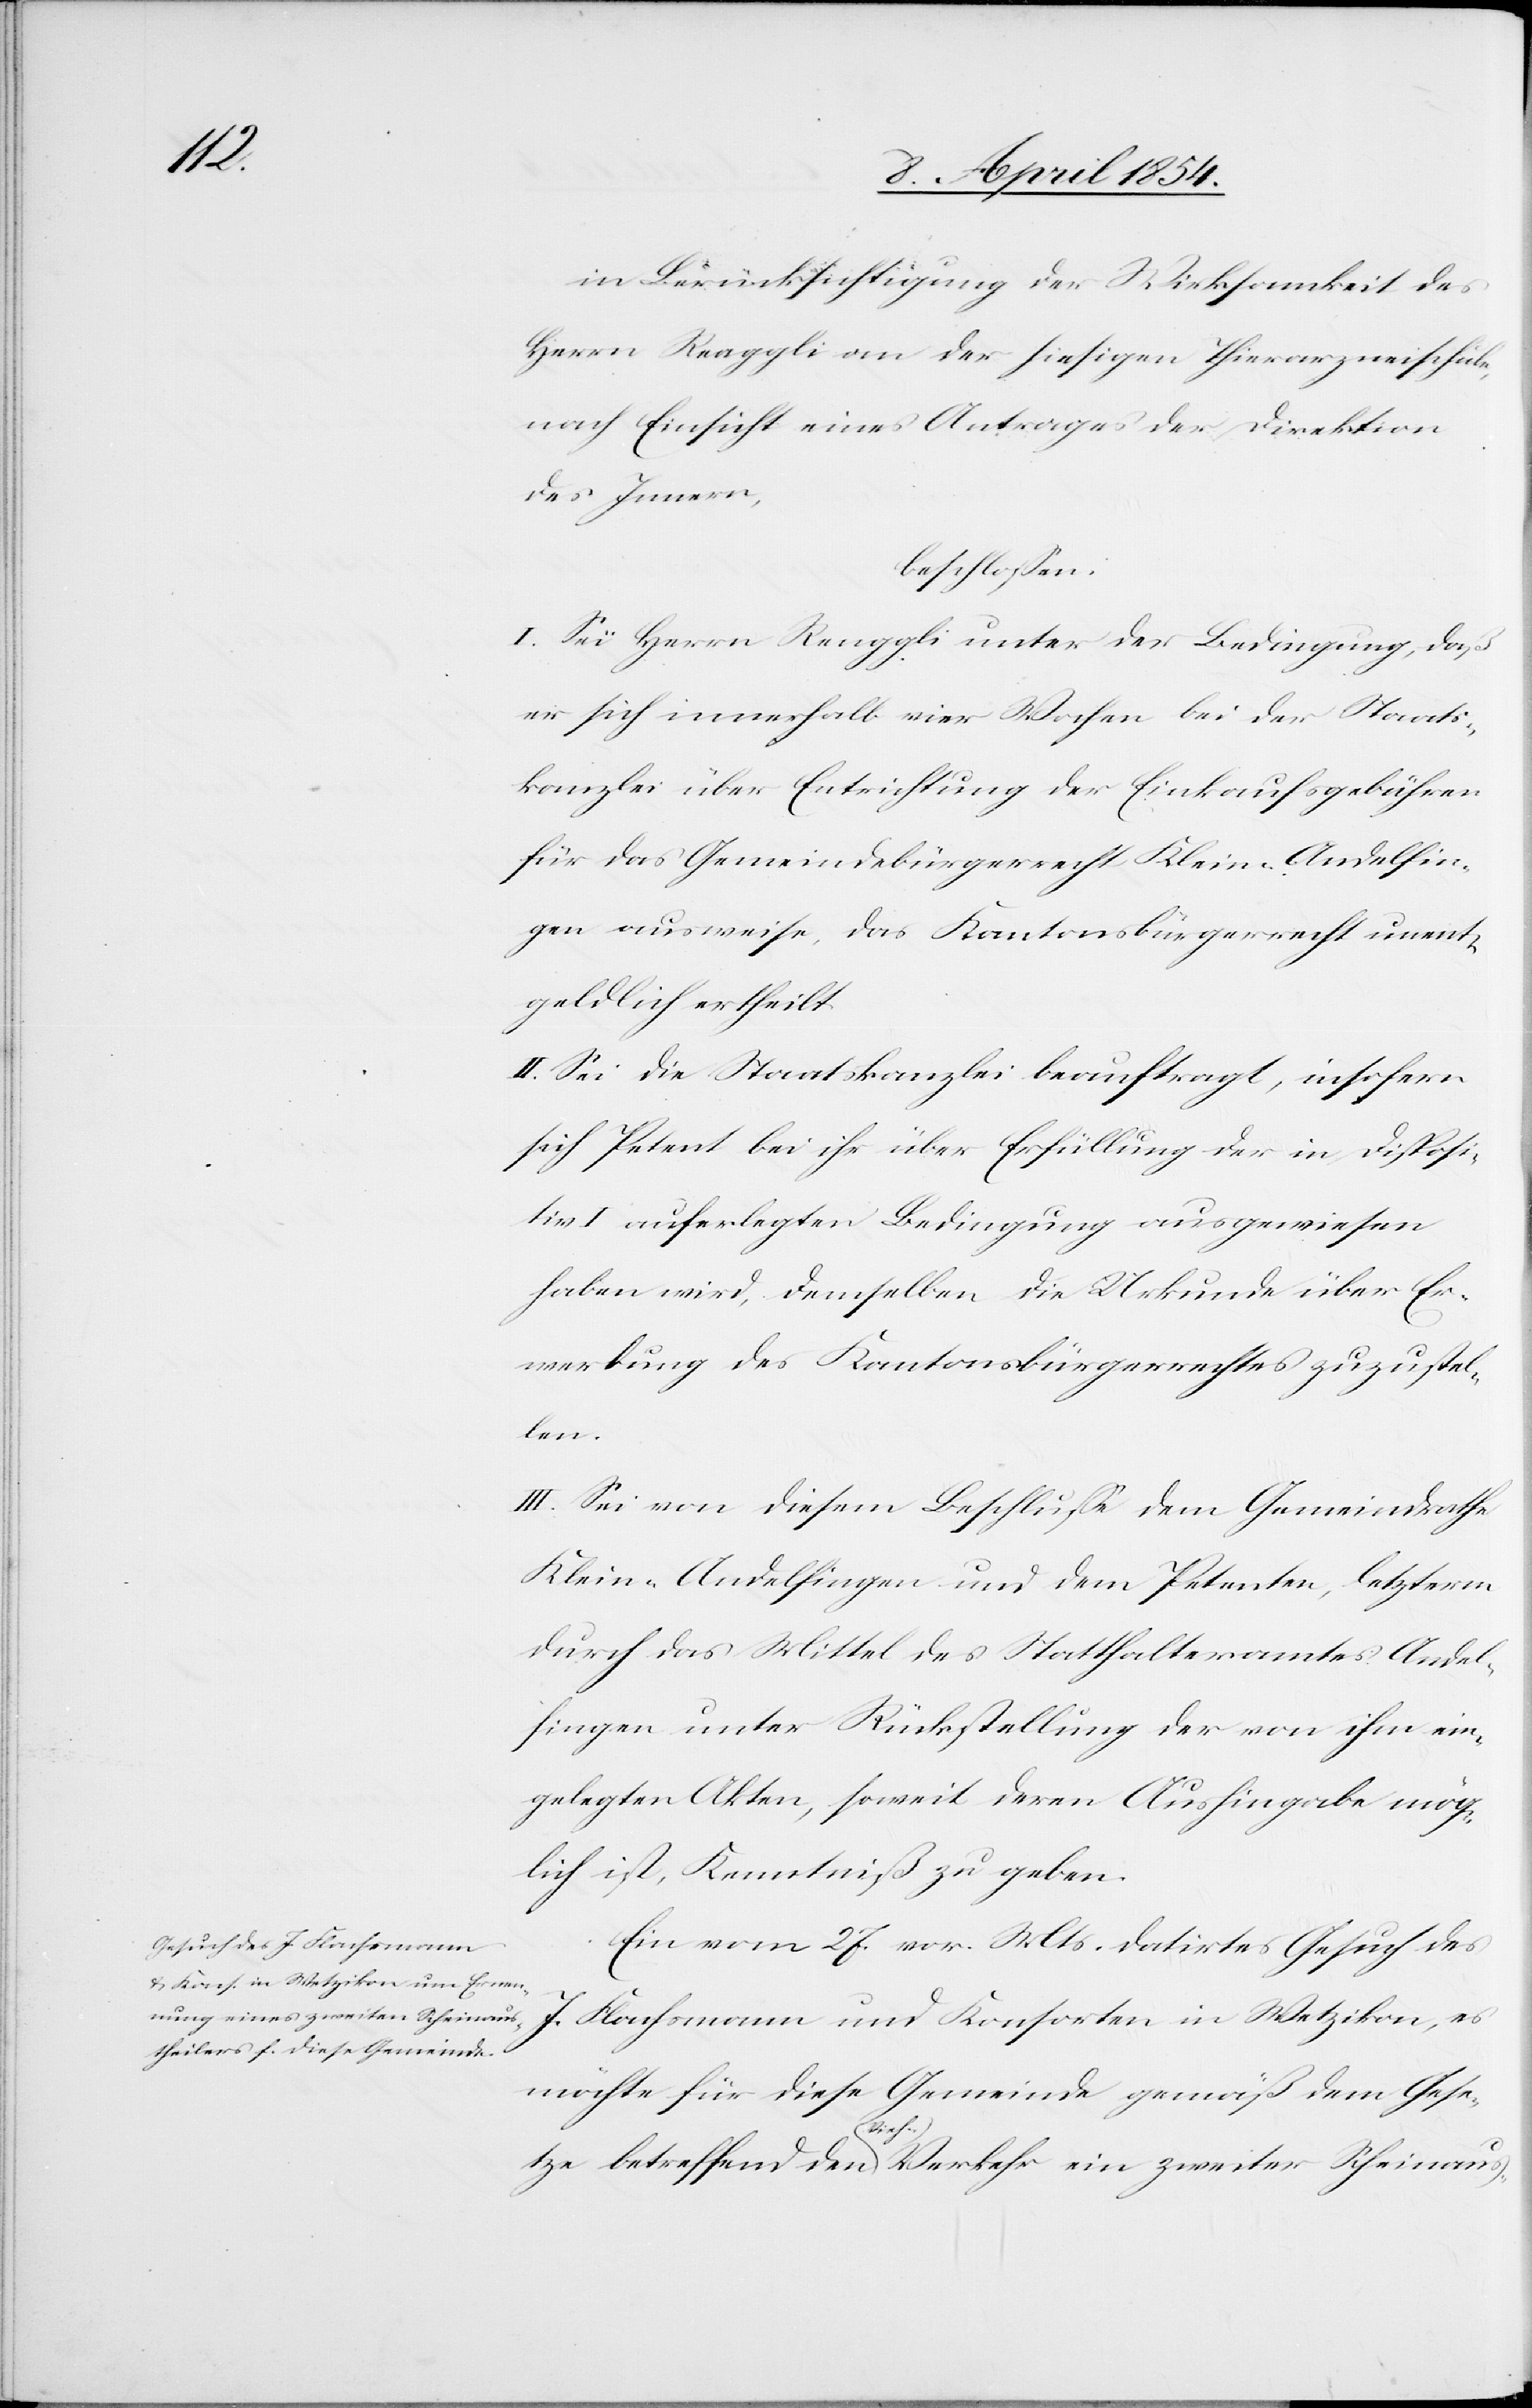
in Berücksichtigung der Wirksamkeit des
Herrn Renggli an der hiesigen Thierarzneischule,
nach Einsicht eines Antrages der Direktion
des Innern,
beschloßen:
I. Sei Herrn Renggli unter der Bedingung, daß
er sich innerhalb vier Wochen bei der Staats¬
kanzlei über Entrichtung der Einkaufsgebühren
für das Gemeindebürgerrecht Klein-Andelfin¬
gen ausweise, das Kantonsbürgerrecht unent¬
geldlich ertheilt.
II. Sei die Staatskanzlei beauftragt, insofern
sich Petent bei ihr über Erfüllung der in Disposi¬
tiv I auferlegten Bedingung ausgewiesen
haben wird, demselben die Urkunde über Er¬
werbung des Kantonsbürgerrechtes zuzustel¬
len.
III. Sei von diesem Beschluße dem Gemeindrathe
Klein-Andelfingen und dem Petenten, letzterm
durch das Mittel des Statthalteramtes Andel¬
fingen unter Rückstellung der von ihm ein¬
gelegten Akten, soweit deren Aushingabe mög¬
lich ist, Kenntniß zu geben.
Ein vom 27. vor. Mts datirtes Gesuch des
möchte für diese Gemeinde gemäß dem Gese¬
Konsorten
tze betreffend den a-Vieh--a Verkehr ein zweiter Scheinaus-